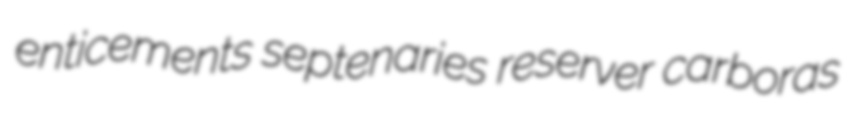
enticements septenaries reserver carboras